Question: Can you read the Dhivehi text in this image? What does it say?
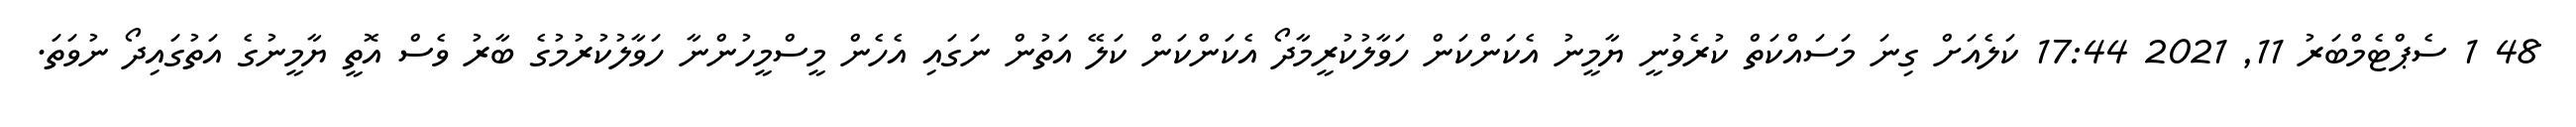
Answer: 48 1 ސެޕްޓެމްބަރު 11, 2021 17:44 ކަލެއަށް ގިނަ މަސައްކަތް ކުރެވުނީ ޔާމީނު އެކަންކަން ހަވާލުކުރީމާދޯ އެކަންކަން ކަލޭ އަތުން ނަގައި އެހެން މީސްމީހުންނާ ހަވާލުކުރުމުގެ ބާރު ވެސް އޮތީ ޔާމީނުގެ އަތުގައިދޯ ނުވަތަ.